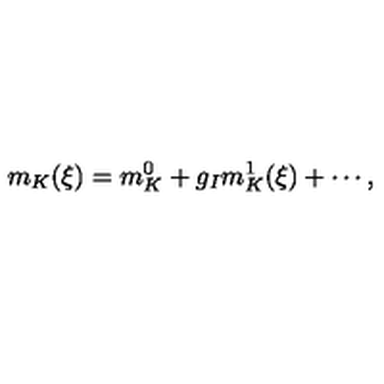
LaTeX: m _ { K } ( \xi ) = m _ { K } ^ { 0 } + g _ { I } m _ { K } ^ { 1 } ( \xi ) + \cdots ,